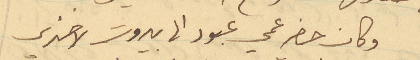
وكان حضر عمي عبود الى بيروت لاخذي